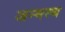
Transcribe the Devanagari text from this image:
जन्मस्थ